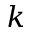
k